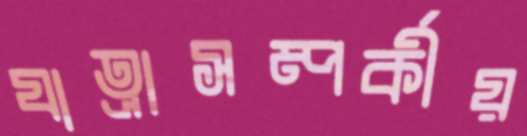
যাত্রাসম্পর্কীয়